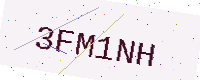
Text: 3FM1NH